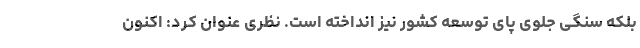
بلکه سنگی جلوی پای توسعه کشور نیز انداخته است. نظری عنوان کرد: اکنون